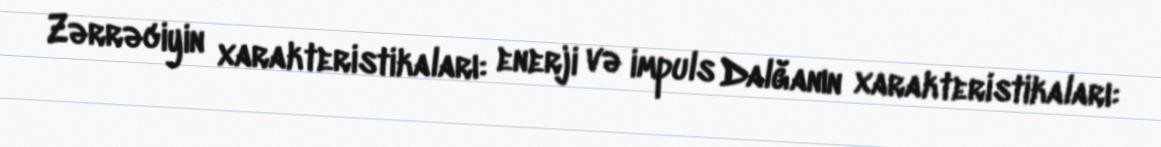
Zərrəciyin xarakteristikaları: enerji və impuls Dalğanın xarakteristikaları: